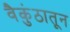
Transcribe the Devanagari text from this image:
वैकुंठातून